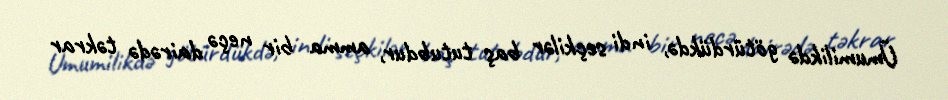
Ümumilikdə götürdükdə, indi seçkilər baş tutubdur, amma bir neçə dairədə təkrar